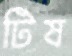
টিষ